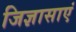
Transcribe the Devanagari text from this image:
जिज्ञासाएं